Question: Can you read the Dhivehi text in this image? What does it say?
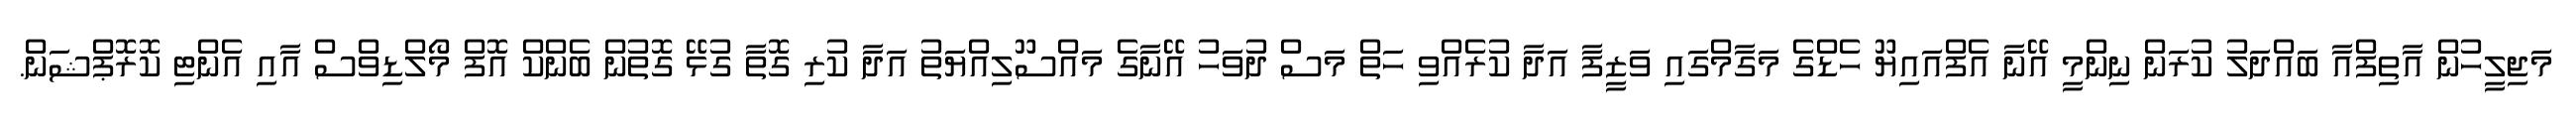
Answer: މަޖިލީހުން އާތިފްއާ ބައްދަލު ކުރަން ނިންމީ އޭނާ އެފްއައިޔޫ ހެޑްގެ މަގާމްގައި ވަޒީފާ އަދާ ކުރެއްވި ހަތް މަސް ދުވަހު އޭނާގެ މައްސޫލިއްޔަތު އަދާ ކުރި ގޮތާ ގުޅޭ ގޮތުން ބެންކް އޮފް މޯލްޑިވްސް އާއި އެންޓި ކޮރޮޕްޝަން.